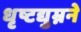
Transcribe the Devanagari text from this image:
धृष्टद्युम्नने